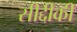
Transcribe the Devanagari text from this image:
सीद्दीकी